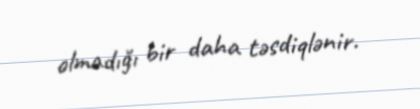
olmadığı bir daha təsdiqlənir.